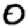
Digit: 0